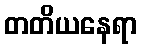
တတိယနေရာ